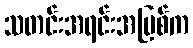
သတင်းအရင်းအမြစ်က